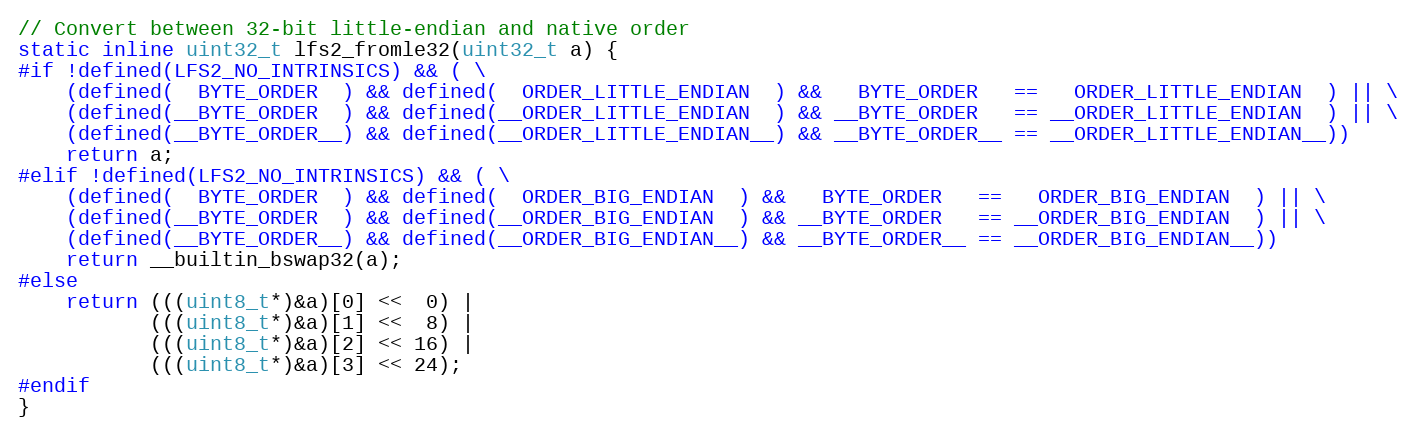
Language: C
// Convert between 32-bit little-endian and native order
static inline uint32_t lfs2_fromle32(uint32_t a) {
#if !defined(LFS2_NO_INTRINSICS) && ( \
    (defined(  BYTE_ORDER  ) && defined(  ORDER_LITTLE_ENDIAN  ) &&   BYTE_ORDER   ==   ORDER_LITTLE_ENDIAN  ) || \
    (defined(__BYTE_ORDER  ) && defined(__ORDER_LITTLE_ENDIAN  ) && __BYTE_ORDER   == __ORDER_LITTLE_ENDIAN  ) || \
    (defined(__BYTE_ORDER__) && defined(__ORDER_LITTLE_ENDIAN__) && __BYTE_ORDER__ == __ORDER_LITTLE_ENDIAN__))
    return a;
#elif !defined(LFS2_NO_INTRINSICS) && ( \
    (defined(  BYTE_ORDER  ) && defined(  ORDER_BIG_ENDIAN  ) &&   BYTE_ORDER   ==   ORDER_BIG_ENDIAN  ) || \
    (defined(__BYTE_ORDER  ) && defined(__ORDER_BIG_ENDIAN  ) && __BYTE_ORDER   == __ORDER_BIG_ENDIAN  ) || \
    (defined(__BYTE_ORDER__) && defined(__ORDER_BIG_ENDIAN__) && __BYTE_ORDER__ == __ORDER_BIG_ENDIAN__))
    return __builtin_bswap32(a);
#else
    return (((uint8_t*)&a)[0] <<  0) |
           (((uint8_t*)&a)[1] <<  8) |
           (((uint8_t*)&a)[2] << 16) |
           (((uint8_t*)&a)[3] << 24);
#endif
}